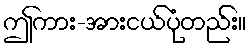
ဤကား-အားငယ်ပုံတည်း။